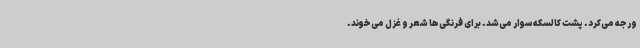
ورجه می‌کرد. پشت کالسکه سوار می‌شد. برای فرنگی‌ها شعر و غزل می‌خوند.